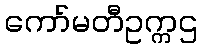
ကော်မတီဥက္ကဌ